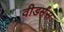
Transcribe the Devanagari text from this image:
वीडर्मंस